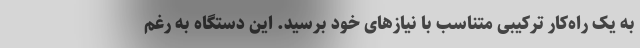
به یک راه‌کار ترکیبیِ متناسب با نیازهای خود برسید. این دستگاه به رغم